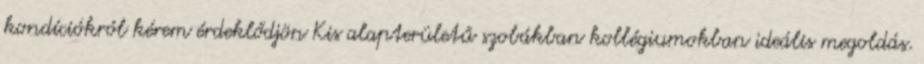
kondíciókról kérem érdeklődjön Kis alapterületű szobákban kollégiumokban ideális megoldás.